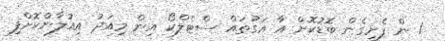
1 ން ފެށިގެން ބޮޑުކޮށް އާ އަގުތައް ސްޓެލްކޯ އިން މިއަދު އިއުލާންކޮށްފި